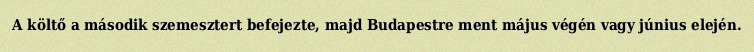
A költő a második szemesztert befejezte, majd Budapestre ment május végén vagy június elején.